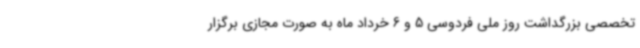
تخصصی بزرگداشت روز ملی فردوسی 5 و 6 خرداد ماه به صورت مجازی برگزار